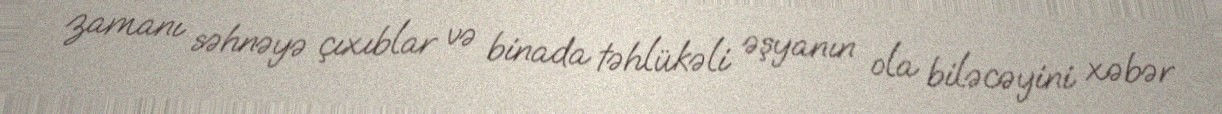
zamanı səhnəyə çıxıblar və binada təhlükəli əşyanın ola biləcəyini xəbər